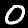
Label: 0